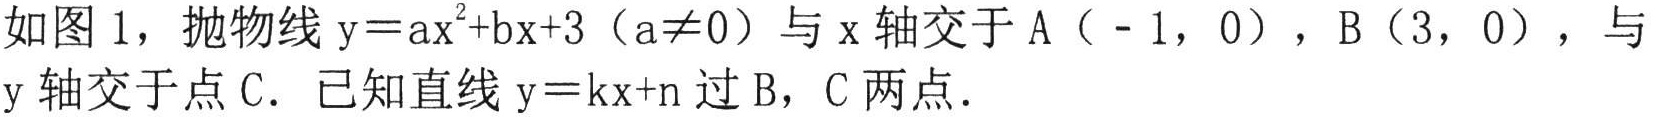
如图1，抛物线\(y = ax^{2}+bx + 3\)（\(a\neq 0\)）与\(x\)轴交于\(A(-1,0)\)，\(B(3,0)\)，与\(y\)轴交于点\(C\)．已知直线\(y = kx + n\)过\(B\)，\(C\)两点．